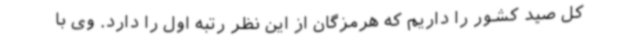
کل صید کشور را داریم که هرمزگان از این نظر رتبه اول را دارد. وی با